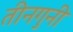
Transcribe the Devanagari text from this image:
तीनगुनी